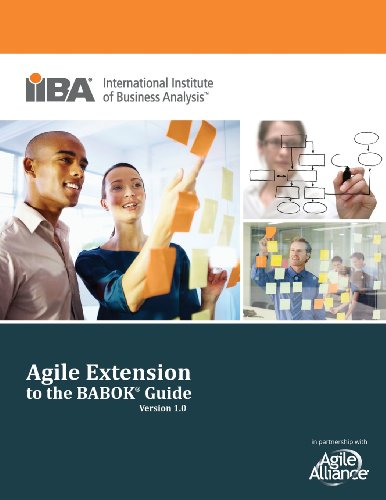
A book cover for Agile Extension to the Babok (R) Guide (Version); Business & Money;